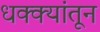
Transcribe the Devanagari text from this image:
धक्क्यांतून